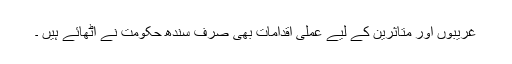
غریبوں اور متاثرین کے لیے عملی اقدامات بھی صرف سندھ حکومت نے اٹھائے ہیں ۔